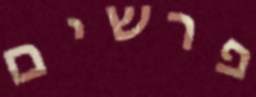
פרשים